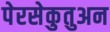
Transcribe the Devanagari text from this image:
पेरसेकुतुअन